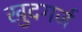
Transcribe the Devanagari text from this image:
खुदगर्ज